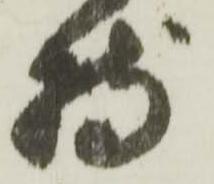
持